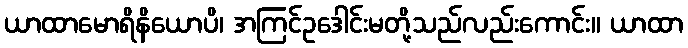
ယာထာမောရိနိယောပိ၊ အကြင်ဥဒေါင်းမတို့သည်လည်းကောင်း။ ယာထာ